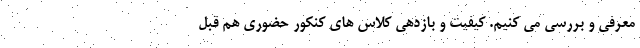
معرفی و بررسی می کنیم. کیفیت و بازدهی کلاس های کنکور حضوری هم قبل